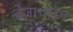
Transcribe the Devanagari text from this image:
बेंज़ाथाइन